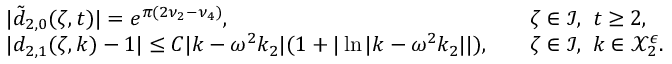
\begin{array} { r l r l } & { | \tilde { d } _ { 2 , 0 } ( \zeta , t ) | = e ^ { \pi ( 2 \nu _ { 2 } - \nu _ { 4 } ) } , } & & { \zeta \in \mathcal { I } , \ t \geq 2 , } \\ & { | d _ { 2 , 1 } ( \zeta , k ) - 1 | \leq C | k - \omega ^ { 2 } k _ { 2 } | ( 1 + | \ln | k - \omega ^ { 2 } k _ { 2 } | | ) , } & & { \zeta \in \mathcal { I } , \ k \in \mathcal { X } _ { 2 } ^ { \epsilon } . } \end{array}